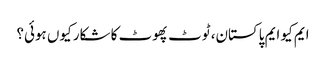
ایم کیو ایم پاکستان، ٹوٹ پھوٹ کا شکار کیوں ہوئی؟